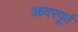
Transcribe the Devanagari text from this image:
आदरपूर्व